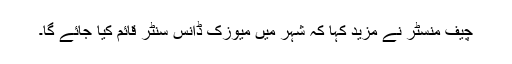
چیف منسٹر نے مزید کہا کہ شہر میں میوزک ڈانس سنٹر قائم کیا جائے گا۔